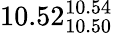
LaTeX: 10.52_{10.50}^{10.54}